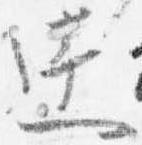
達